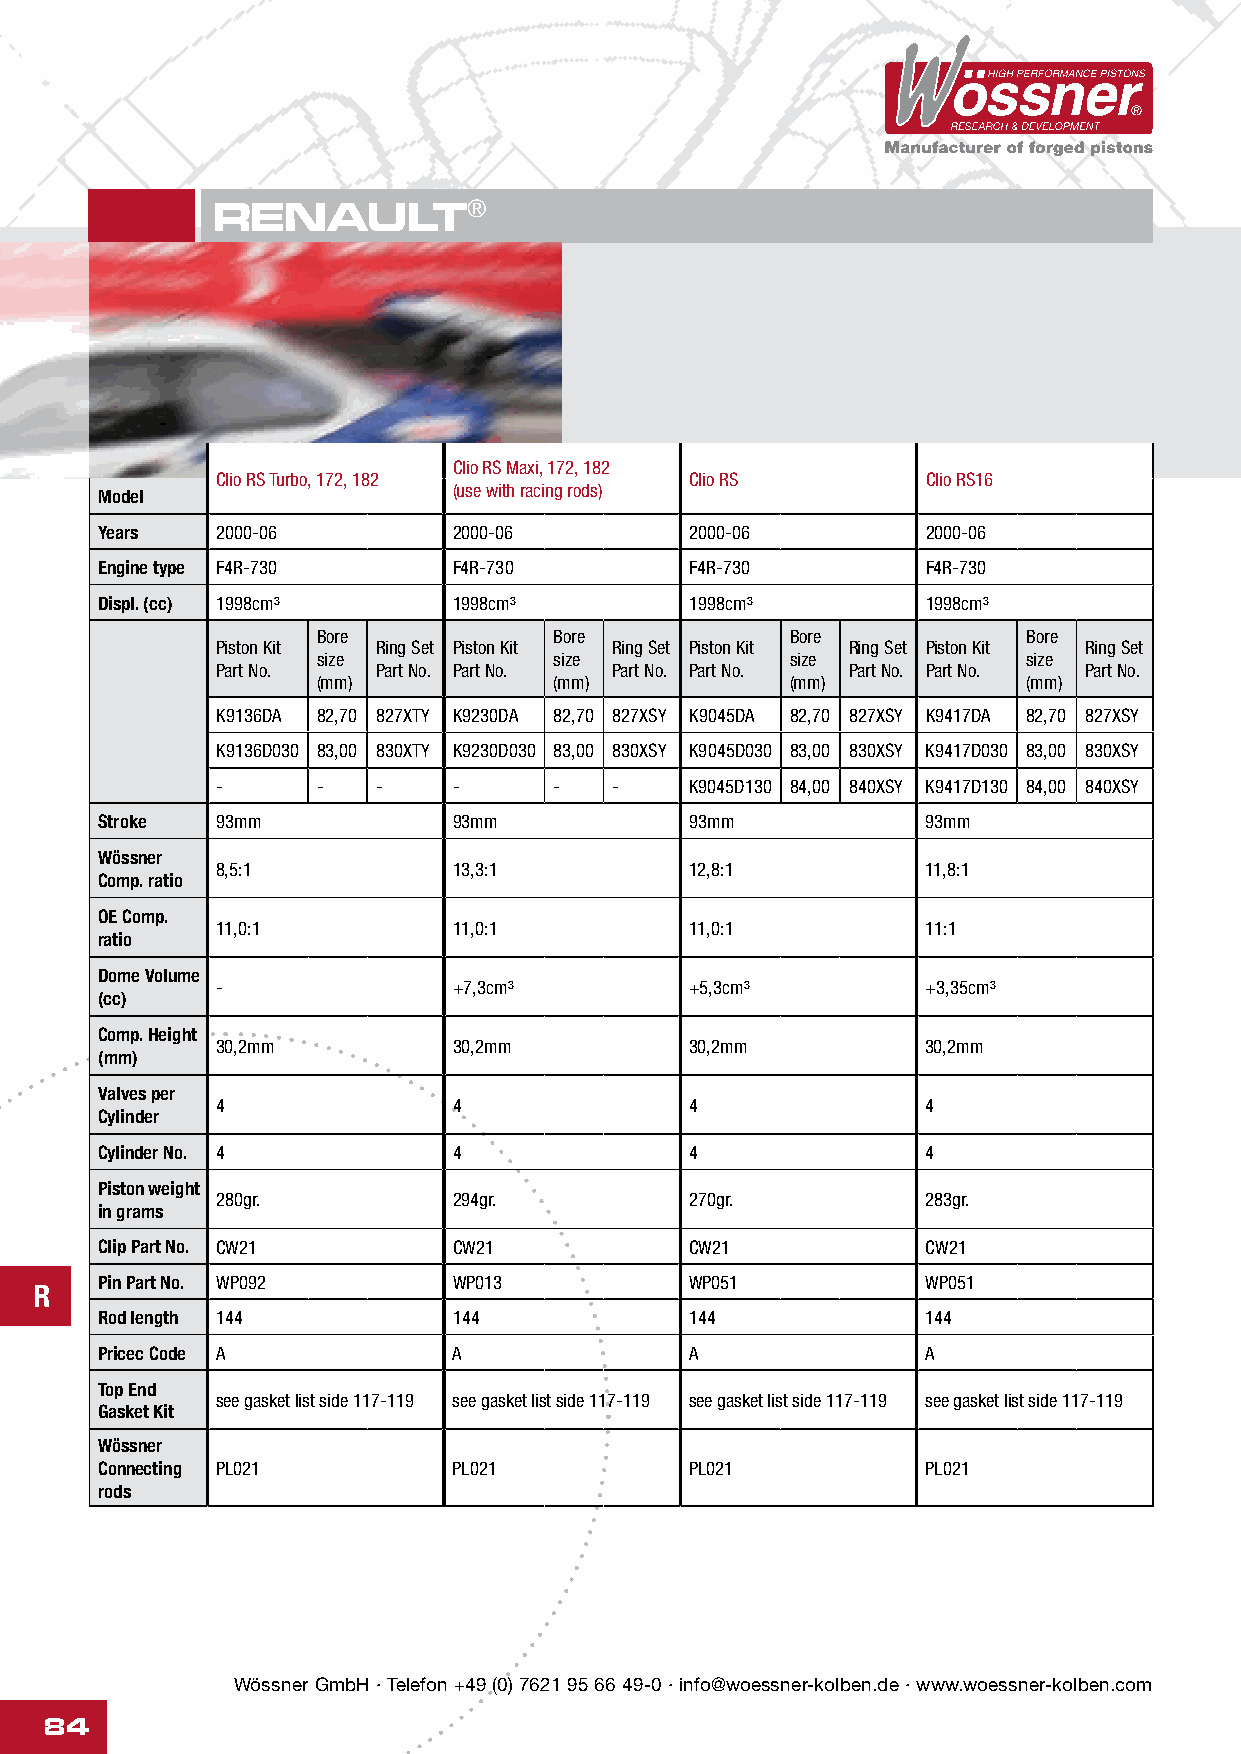
RENAULT®
 Clio RS Maxi, 172, 182
 Clio RS Turbo, 172, 182         Clio RS        Clio RS16
 (use with racing rods)
 Model
 Years  2000-06         2000-06         2000-06        2000-06
 Engine type F4R-730    F4R-730         F4R-730        F4R-730
 Displ. (cc) 1998cm³     1998cm³         1998cm³        1998cm³
 Bore            Bore           Bore            Bore
 Piston Kit Ring Set Piston Kit Ring Set Piston Kit Ring Set Piston Kit Ring Set
 size            size           size            size
 Part No.   Part No. Part No. Part No. Part No. Part No. Part No. Part No.
 (mm)            (mm)           (mm)            (mm)
 K9136DA 82,70 827XTY K9230DA 82,70 827XSY K9045DA 82,70 827XSY K9417DA 82,70 827XSY
 K9136D030 83,00 830XTY K9230D030 83,00 830XSY K9045D030 83,00 830XSY K9417D030 83,00 830XSY
 -      -   -    -      -   -    K9045D130 84,00 840XSY K9417D130 84,00 840XSY
 Stroke  93mm            93mm            93mm           93mm
 Wössner
 8,5:1           13,3:1          12,8:1         11,8:1
 Comp. ratio
 OE Comp.
 11,0:1          11,0:1          11,0:1         11:1
 ratio
 Dome Volume
 -               +7,3cm³         +5,3cm³        +3,35cm³
 (cc)
 Comp. Height
 30,2mm          30,2mm          30,2mm         30,2mm
 (mm)
 Valves per
 4               4               4              4
 Cylinder
 Cylinder No. 4          4               4              4
 Piston weight
 280gr.          294gr.          270gr.         283gr.
 in grams
 Clip Part No. CW21      CW21            CW21           CW21
 Pin Part No. WP092      WP013           WP051          WP051
 R
 Rod length 144          144             144            144
 Pricec Code A           A               A              A
 Top End
 see gasket list side 117-119 see gasket list side 117-119 see gasket list side 117-119 see gasket list side 117-119
 Gasket Kit
 Wössner
 Connecting PL021        PL021           PL021          PL021
 rods
 Wössner GmbH · Telefon +49 (0) 7621 95 66 49-0 · info@woessner-kolben.de · www.woessner-kolben.com
 84